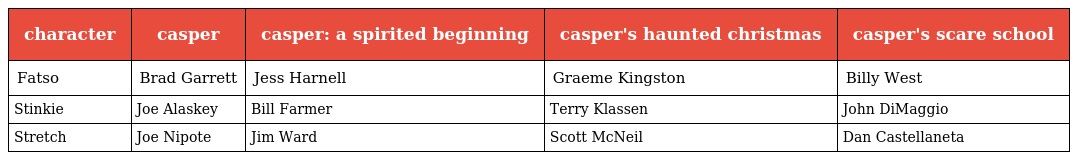
| character | casper | casper: a spirited beginning | casper's haunted christmas | casper's scare school |
 | --- | --- | --- | --- | --- |
 | Fatso | Brad Garrett | Jess Harnell | Graeme Kingston | Billy West |
 | Stinkie | Joe Alaskey | Bill Farmer | Terry Klassen | John DiMaggio |
 | Stretch | Joe Nipote | Jim Ward | Scott McNeil | Dan Castellaneta |